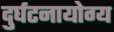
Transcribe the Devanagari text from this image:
दुर्घटनायोग्य